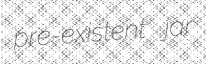
pre-existent jar